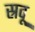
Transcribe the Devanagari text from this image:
स्रवू